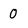
Character: 0